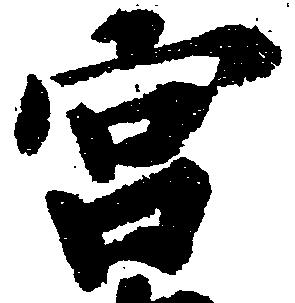
宮